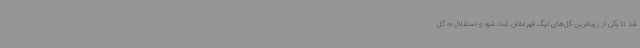
شد تا یکی از زیباترین گل‌های لیگ قهرمانان ثبت شود و استقلال به گل